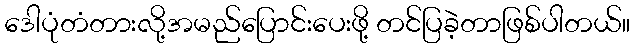
ဒေါပုံတံတားလို့အမည်ပြောင်းပေးဖို့ တင်ပြခဲ့တာဖြစ်ပါတယ်။